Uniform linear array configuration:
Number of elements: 32
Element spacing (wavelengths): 0.5
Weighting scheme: kaiser
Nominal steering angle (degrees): -45
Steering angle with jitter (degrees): -45.986
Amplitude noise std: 0.05
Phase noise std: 0.05

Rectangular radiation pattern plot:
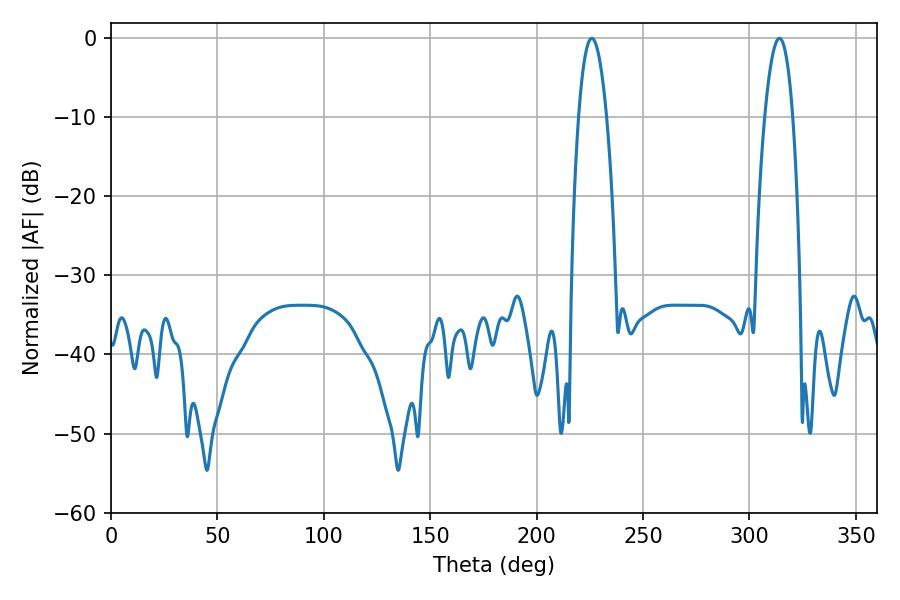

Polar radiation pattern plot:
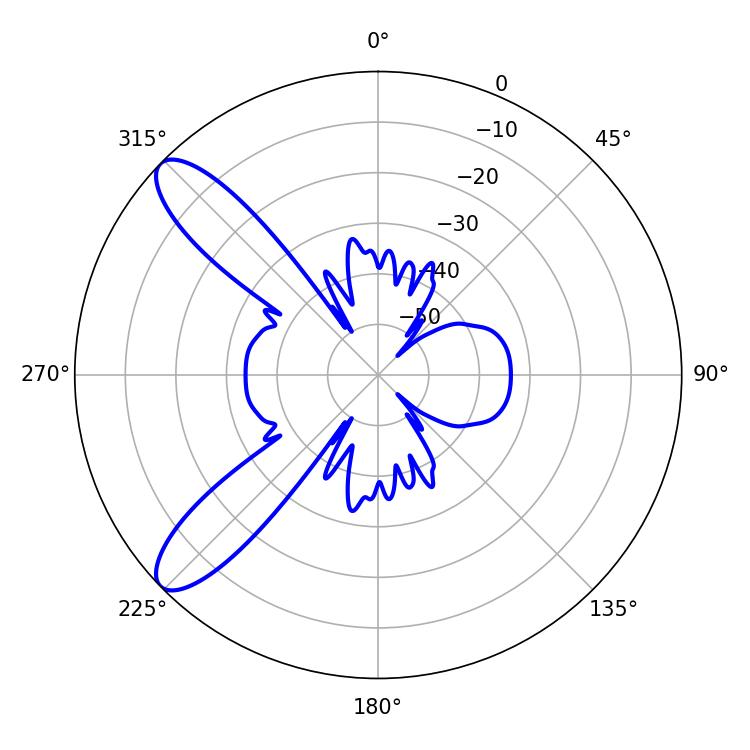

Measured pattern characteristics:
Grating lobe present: FALSE
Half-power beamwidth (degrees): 7.2
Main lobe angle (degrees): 225.9